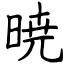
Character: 暁